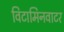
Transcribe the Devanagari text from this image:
विटामिनवाटर